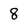
Character: 8